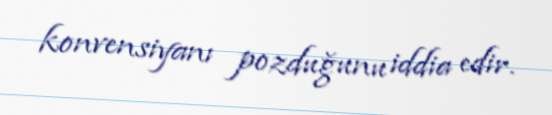
konvensiyanı pozduğunu iddia edir.